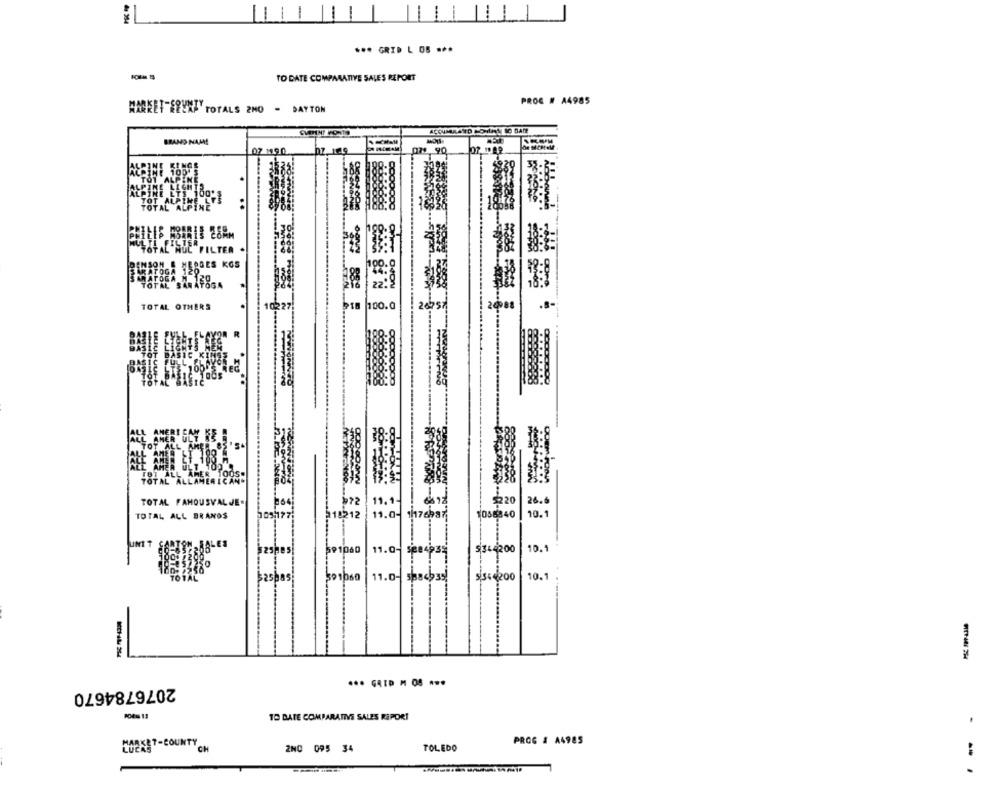
*** GRID L OB ***
TO DATE COMPARATIVE SALES REPORT
PROC # A4985
MARKET FRENA TOTALS 2NO - DAYTON
ACOUMRAND HONAN IO BADE
BRAND NAAM!
07 1990
07, 19
07 90
PINE LIGHT
LPINE LTS 100 8
TOT ALP
TOTAL ALPINE
COMM
TOTAL NOC FILTER
ENSON & HEROES KGS
AR ATOGA
120
TOTAL SARAY
120
TOTAL OTHERS
10227
100.0
20088
TOTAL FAMOUSVAL JE.
19, 14
$220
26.6
TOTAL ALL BRANOS
11.0- 1h176ba
10.8840
118212
10.1
11.0
$14200
10.1
$ 200
10.1
spas
11.0- Shocks
-
2076784670
TO DATE COMPARATIVE SALES REPORT
PROG & A4985
"CH
2NC 095 34
TOLEDO